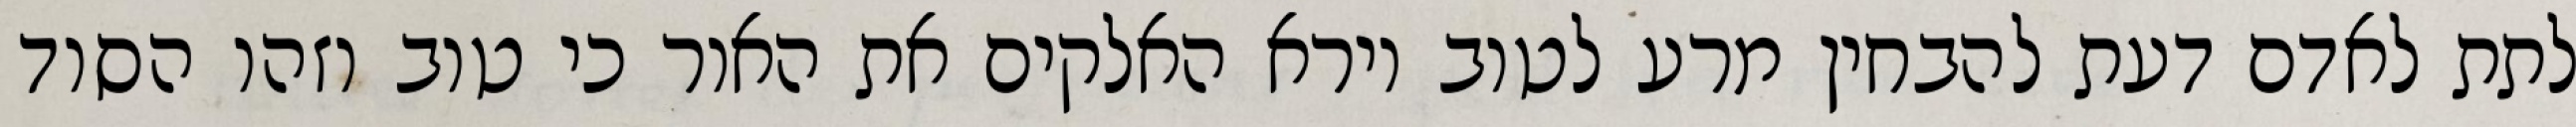
לתת לאדם דעת להבחין מרע לטוב וירא האלקים את האור כי טוב וזהו הסוד